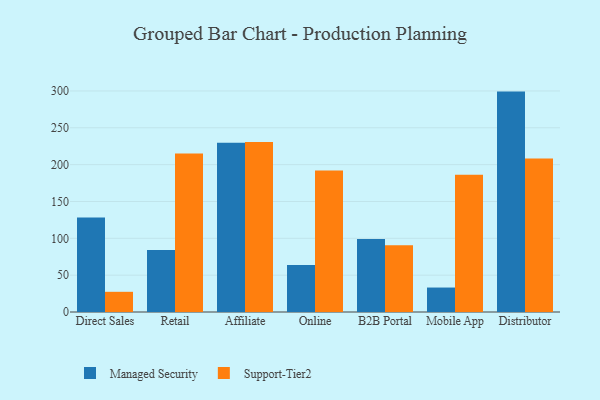
{"axis": {"x": "Channel", "y": "Operating Costs (USD K)"}, "legend": ["Managed Security", "Support-Tier2"], "data": [{"x": "Direct Sales", "y": 128.3, "type": "Managed Security"}, {"x": "Direct Sales", "y": 27.4, "type": "Support-Tier2"}, {"x": "Retail", "y": 84.3, "type": "Managed Security"}, {"x": "Retail", "y": 215.2, "type": "Support-Tier2"}, {"x": "Affiliate", "y": 229.8, "type": "Managed Security"}, {"x": "Affiliate", "y": 230.8, "type": "Support-Tier2"}, {"x": "Online", "y": 63.7, "type": "Managed Security"}, {"x": "Online", "y": 192.0, "type": "Support-Tier2"}, {"x": "B2B Portal", "y": 98.9, "type": "Managed Security"}, {"x": "B2B Portal", "y": 90.5, "type": "Support-Tier2"}, {"x": "Mobile App", "y": 33.2, "type": "Managed Security"}, {"x": "Mobile App", "y": 186.3, "type": "Support-Tier2"}, {"x": "Distributor", "y": 299.1, "type": "Managed Security"}, {"x": "Distributor", "y": 208.4, "type": "Support-Tier2"}]}